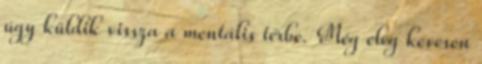
úgy küldik vissza a mentális térbe. Még elég kevesen